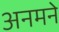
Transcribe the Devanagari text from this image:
अनमने